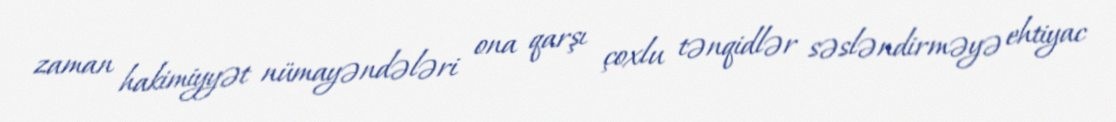
zaman hakimiyyət nümayəndələri ona qarşı çoxlu tənqidlər səsləndirməyə ehtiyac